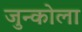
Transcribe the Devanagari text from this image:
जुन्कोला